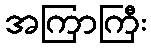
အကြာကြီး